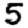
Digit: 5